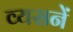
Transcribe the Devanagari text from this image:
व्यसनें